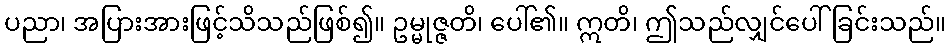
ပညာ၊ အပြားအားဖြင့်သိသည်ဖြစ်၍။ ဥမ္မုဇ္ဇတိ၊ ပေါ်၏။ ဣတိ၊ ဤသည်လျှင်ပေါ်ခြင်းသည်။